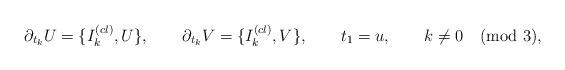
LaTeX: \begin{align*}\partial_{t_k} U = \{I^{(cl)}_k,U\},\qquad \partial_{t_k} V =\{I^{(cl)}_k,V\},\qquad t_1=u, \qquad k\not =0 \pmod 3,\end{align*}